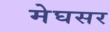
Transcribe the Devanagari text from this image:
मेघसर